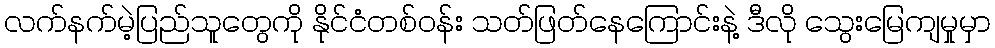
လက်နက်မဲ့ပြည်သူတွေကို နိုင်ငံတစ်ဝန်း သတ်ဖြတ်နေကြောင်းနဲ့ ဒီလို သွေးမြေကျမှုမှာ